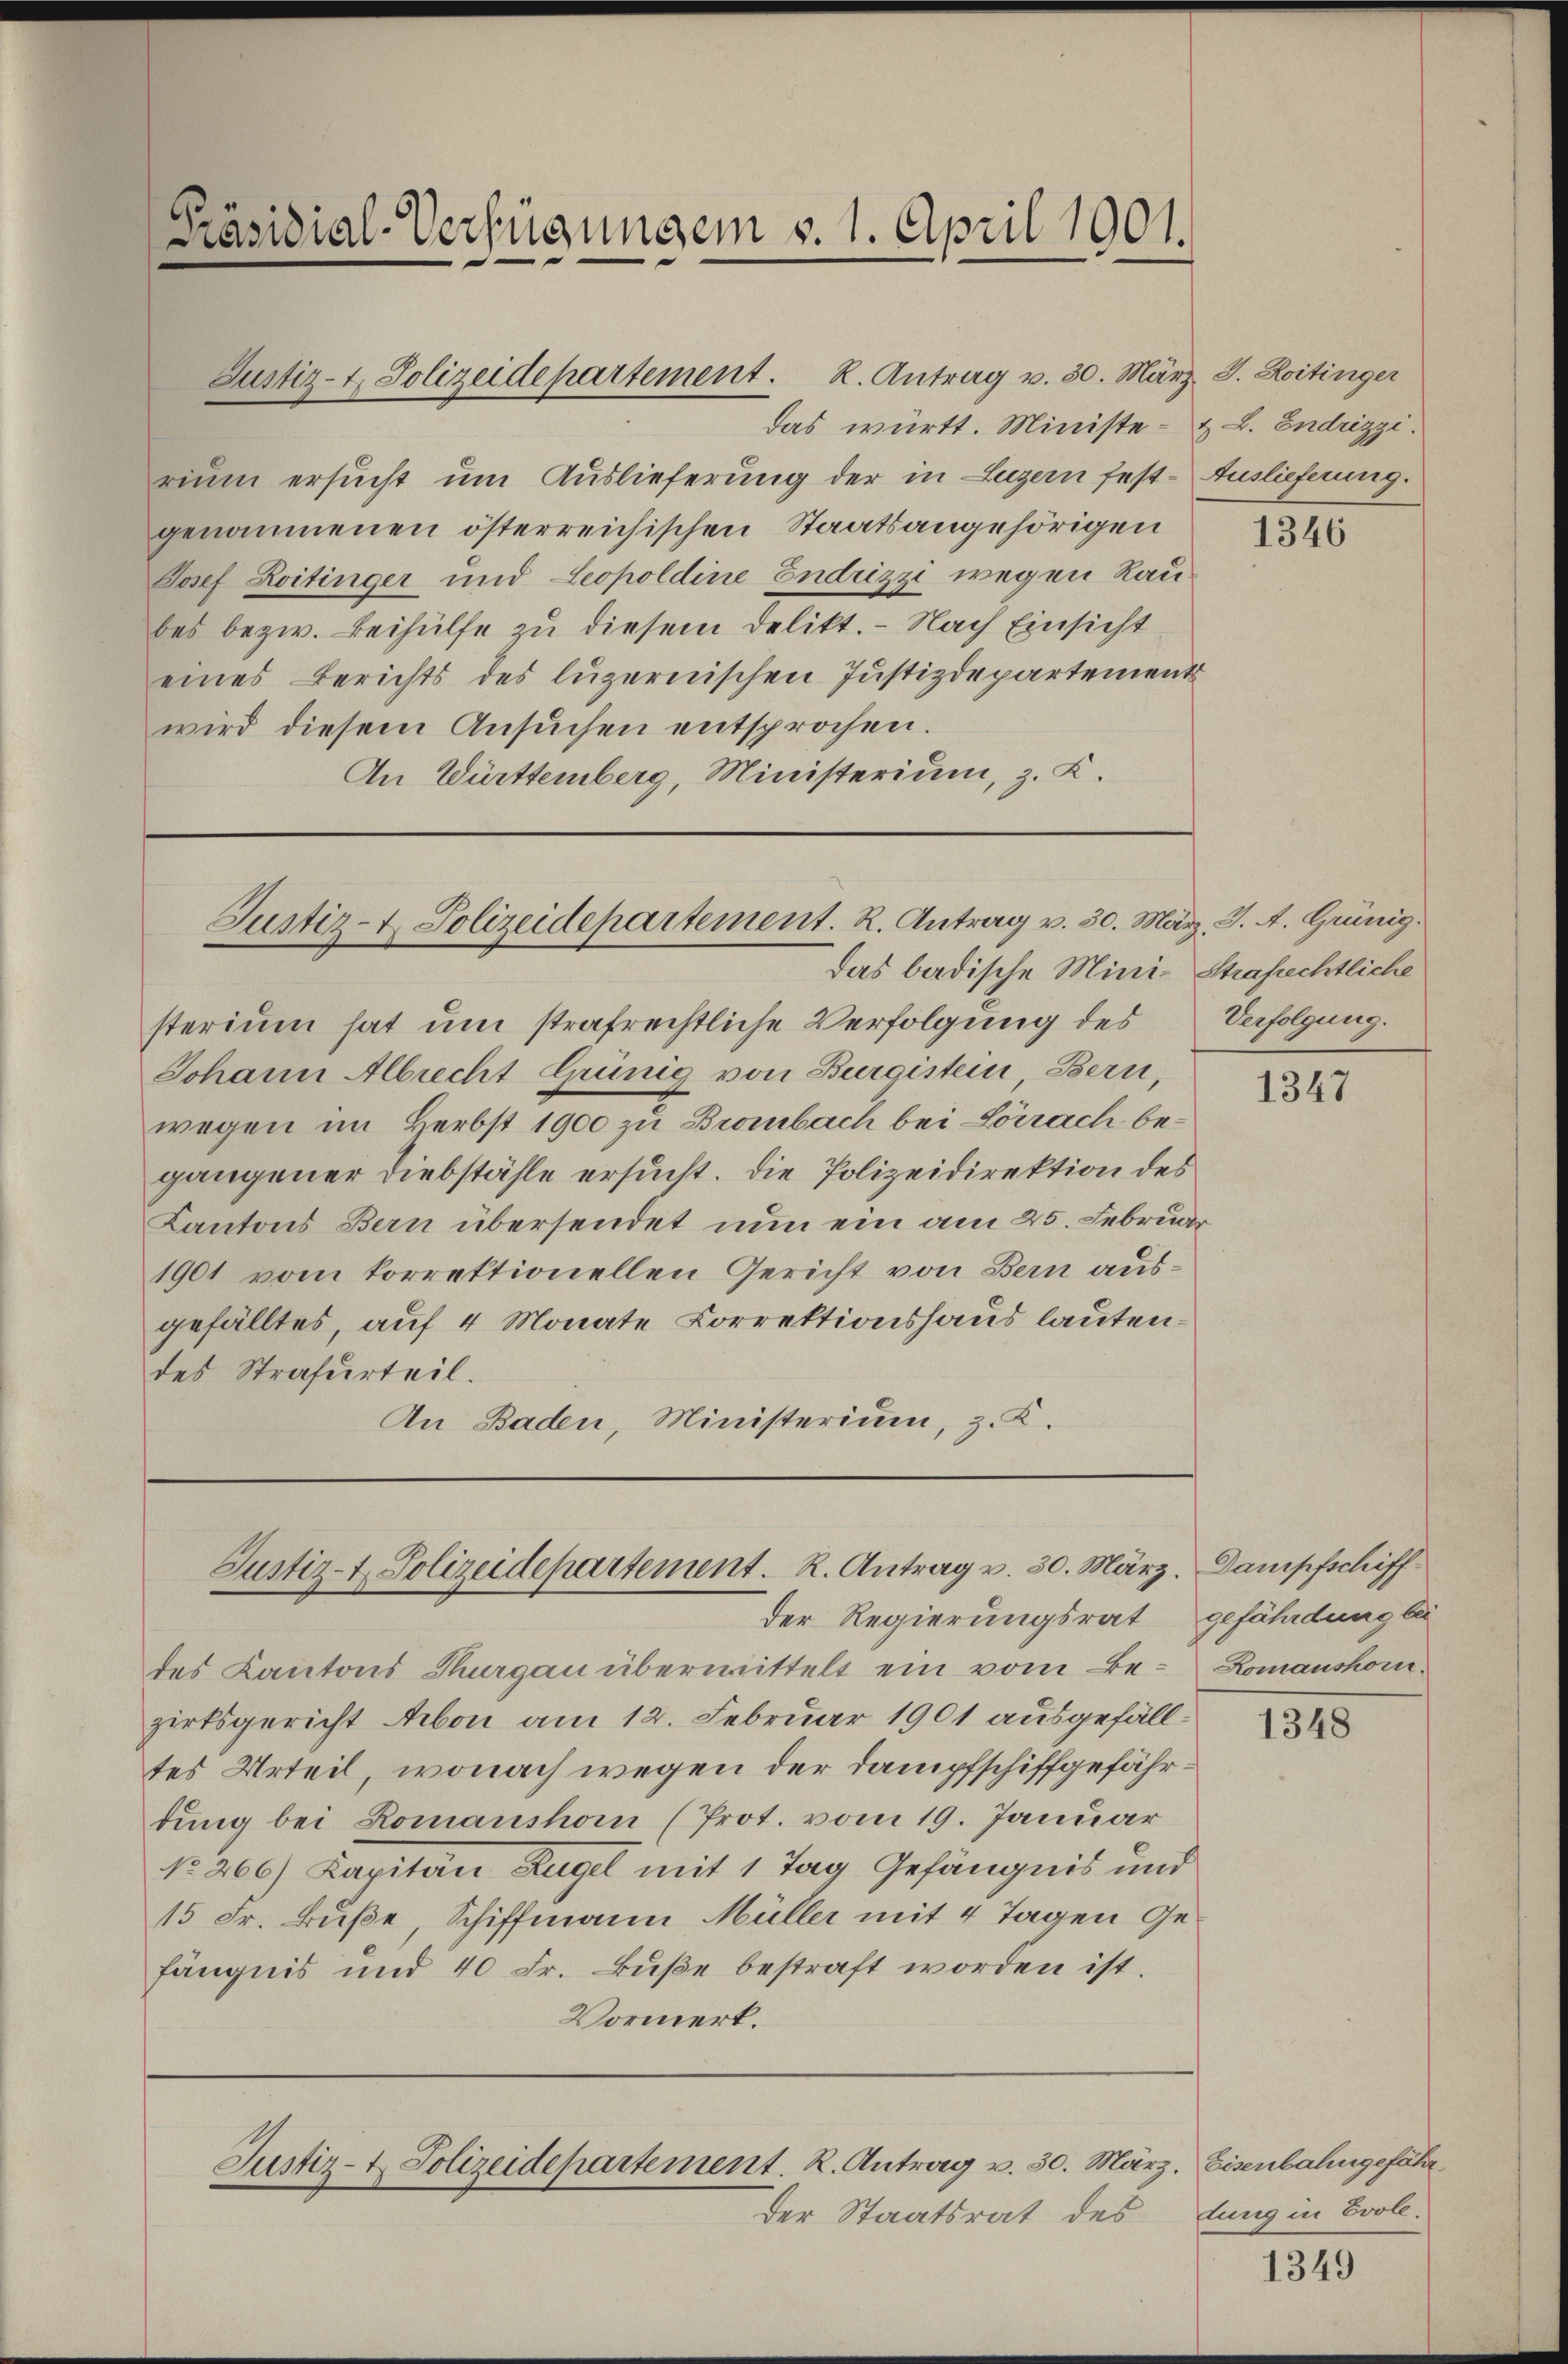
Präsidial-Verfügungen v. 1. April 1901.

Justiz-t. Polizeidepartement. K. Antrag v. 30. März. J. Koitinger

rium ersucht um Auslieferung der in Luzern fest-Auslieferung.
genommenen österreichischen Staatsangehörigen
Josef Koitinger und Leopoldine Endrizzi wegen Raubes bezw. Beihülfe zu diesem Delikt.- Nach Einsicht
eines Berichts des luzernischen Justizdepartements
wird diesem Ansuchen entsprochen.
An Württemberg, Ministerium, z. K.

Justiz- & Polizeidepartement. R. Antrag v. 30. März. J. A. Grünig.
das badische Mini-Strafrechtliche

sterium hat um strafrechtliche Verfolgung des
Johann Albrecht Grünig von Burgistein, Bern,
wegen im Herbst 1900 zu Brombach bei Lörrach begangener Diebstähle ersucht. Die Polizeidirektion des
Kantons Bern übersendet nun ein am 25. Februar
1901 vom korrektionellen Gericht von Bern ausgefälltes, auf 4 Monate Correktionshaus lautendes Strafurteil.
An Baden, Ministerium, z. K.

Justiz- & Polizeidepartement. R. Antrag v. 30. März.
der Regierungsrat gefährdung bei

das württ. Ministe- & L. Endrizzi.

Justiz- & Polizeidepartement. R. Antrag v. 30. März. Eisenbahngefährder Staatsrat des

des Kantons Thurgau übermittelt ein vom Bezirksgericht Arbon am 12. Februar 1901 ausgefälltes Urteil, wonach wegen der Dampfschiffgefährdung bei Romanshom (Prot. vom 19. Januar
No. 266) Kapitän Zugel mit 1 Tag Gefängnis und
15 Fr. Buße, Schiffmann Müller mit 4 Tagen Gefängnis und 40 Fr. Buße bestraft worden ist.
Vormerk.

1346

Verfolgung.

1347

Dampfschiff
Romanshorn.

1348

dung in Evole.

1349